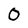
Character: 0